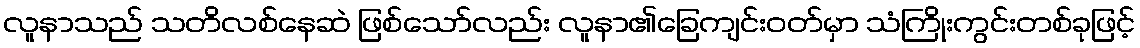
လူနာသည် သတိလစ်နေဆဲ ဖြစ်သော်လည်း လူနာ၏ခြေကျင်းဝတ်မှာ သံကြိုးကွင်းတစ်ခုဖြင့်